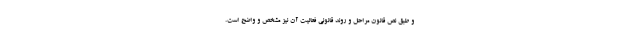
و طبق نص قانون مراحل و روند قانونی فعالیت آن نیز مشخص و واضح است.